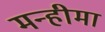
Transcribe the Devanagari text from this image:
मन्हीमा